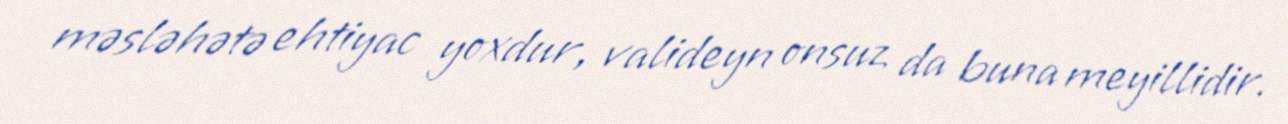
məsləhətə ehtiyac yoxdur, valideyn onsuz da buna meyillidir.